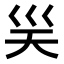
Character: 𭗽